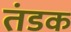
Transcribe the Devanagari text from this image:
तंडक